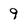
Character: 9